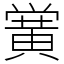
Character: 黉